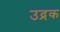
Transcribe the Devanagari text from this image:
उद्रक